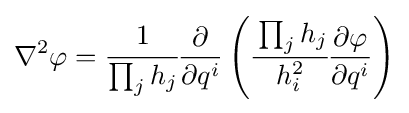
\nabla ^{2}\varphi ={\cfrac {1}{\prod _{j}h_{j}}}{\frac {\partial }{\partial q^{i}}}\left({\cfrac {\prod _{j}h_{j}}{h_{i}^{2}}}{\frac {\partial \varphi }{\partial q^{i}}}\right)